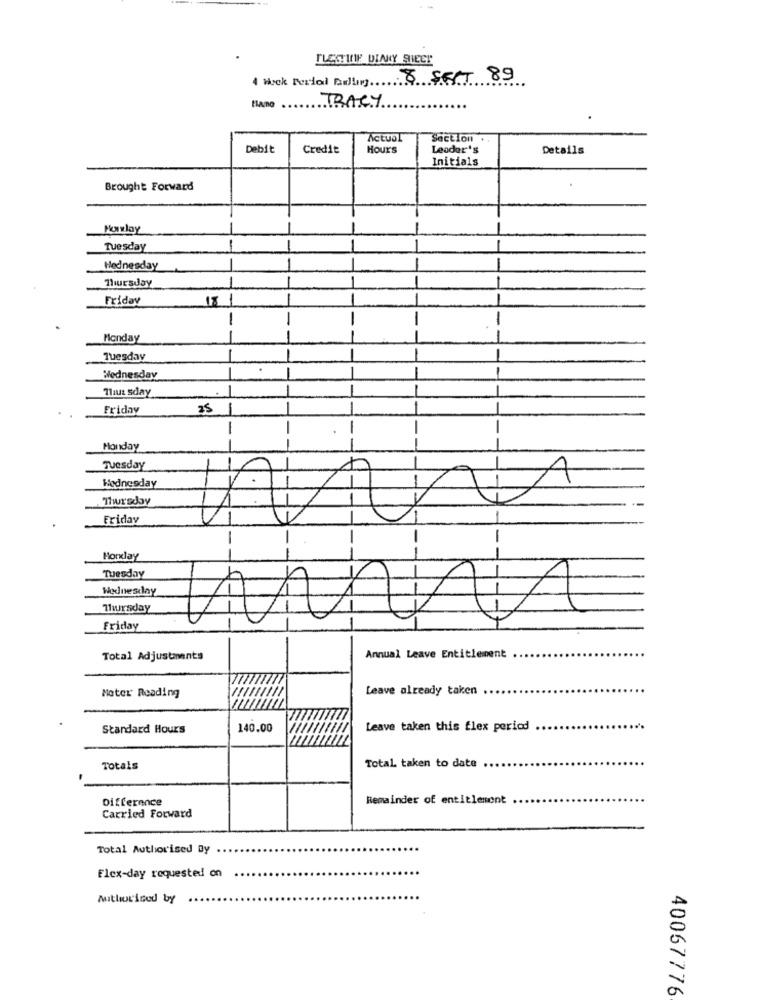
FLESHIF DIANY SHEET
4 Wick Ferial Ddling 8 SERT 89
TRACY
Plano
Actual
Section
Debit
Credit
Hours
Leader's
Details
Initials
Brought Forward
Tuesday
-
Hednesday
Thursday
-
Friday
18
-
-
Monday
Tuesday
1
Wednesday
Thus sday
Friday
25
-
-
-
Honday
Tuesday
Wednesday
Friday
-
-
Horay
--
--
Tuesday
Wednesday
Thursday
Friday
Total Adjustments
Annual Leave Entitlement
Meter Reading
Leave already taken
Standard Hours
140.00
Leave taken this flex period
Totals
Total taken to date
Difference
Remainder of entitlement
Carried Forward
Total Authorised By
Flex-day requested on
Mithorized by
40067776